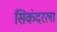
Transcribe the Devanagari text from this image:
सिकंदरला